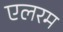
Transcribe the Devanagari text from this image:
एलरम